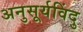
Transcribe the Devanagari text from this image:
अनुसूर्यविंदु